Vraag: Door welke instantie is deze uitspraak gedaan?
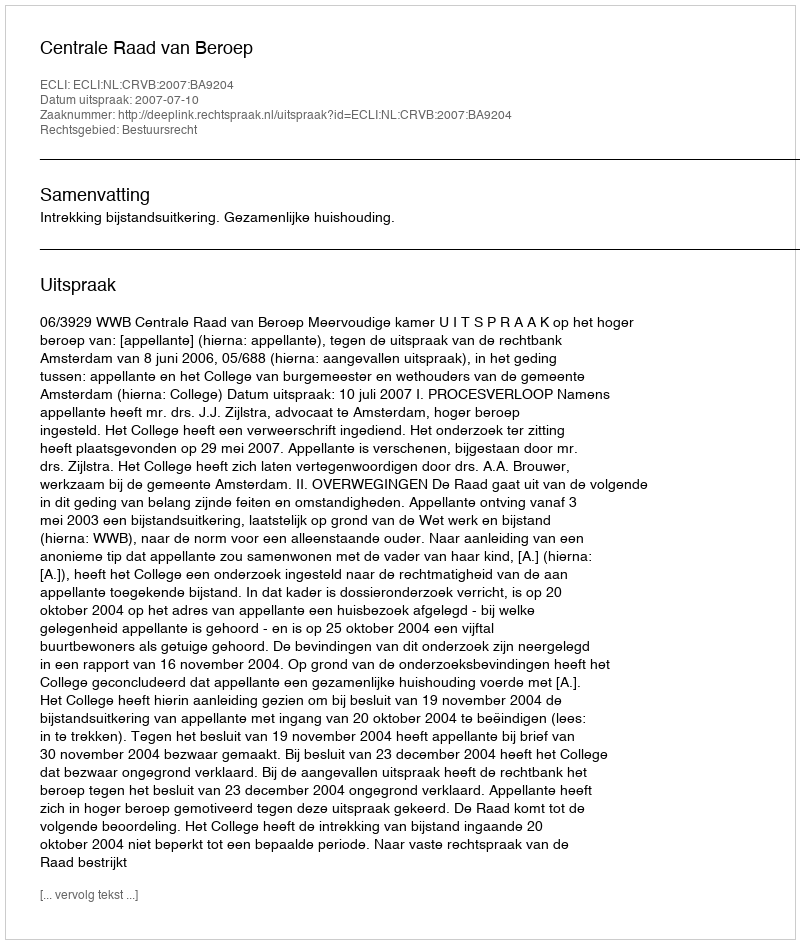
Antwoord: Centrale Raad van Beroep